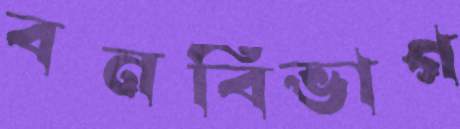
বনবিভাগ